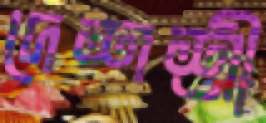
দেশশ্রী